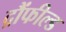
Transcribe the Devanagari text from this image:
द्रौंफील्ड